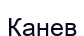
Канев